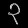
Digit: ၃